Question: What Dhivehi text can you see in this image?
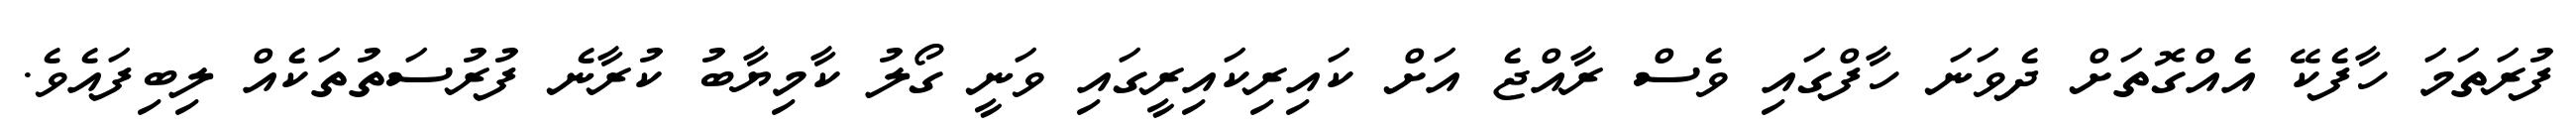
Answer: ފުރަތަމަ ހާފެކޭ އެއްގޮތަށް ދެވަނަ ހާފްގައި ވެސް ރާއްޖެ އަށް ކައިރިކައިރީގައި ވަނީ ގޯލު ކާމިޔާބު ކުރާނެ ފުރުސަތުތަކެއް ލިބިފައެވެ.